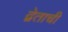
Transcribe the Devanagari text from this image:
द्वेताची